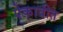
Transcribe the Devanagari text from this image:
ऐकावीत